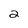
Character: 2